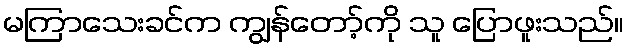
မကြာသေးခင်က ကျွန်တော့်ကို သူ ပြောဖူးသည်။